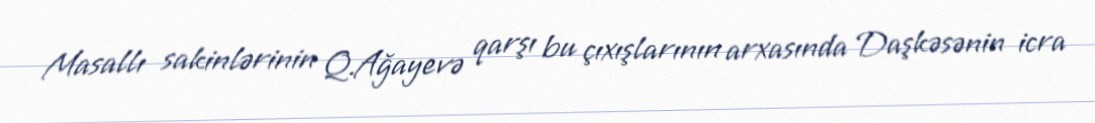
Masallı sakinlərinin Q.Ağayevə qarşı bu çıxışlarının arxasında Daşkəsənin icra